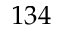
1 3 4